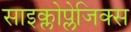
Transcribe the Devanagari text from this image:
साइक्लोप्लेजिक्स